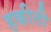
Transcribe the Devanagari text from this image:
हकीती